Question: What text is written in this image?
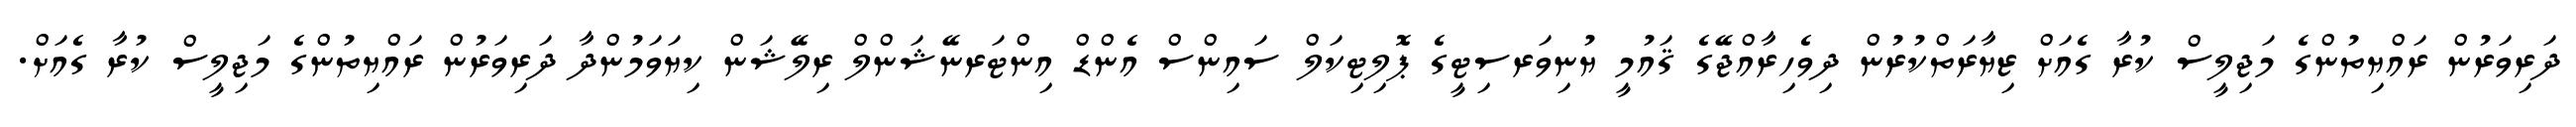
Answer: ދަރިވަރުން ރައްޔިތުންގެ މަޖިލީސް ކުރާ ގެއަށް ޒިޔާރަތްކުރުން ދިވެހިރާއްޖޭގެ ޤައުމީ ޔުނިވަރސިޓީގެ ޕޮލިޓިކަލް ސައިންސް އެންޑް އިންޓަރނޭޝަންލް ރިލޭޝަން ކިޔަވަމުންދާ ދަރިވަރުން ރައްޔިތުންގެ މަޖިލީސް ކުރާ ގެއަށް.